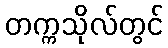
တက္ကသိုလ်တွင်